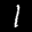
Label: 1